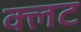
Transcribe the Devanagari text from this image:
क्लट